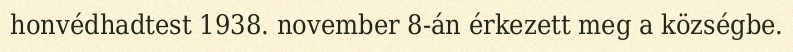
honvédhadtest 1938. november 8-án érkezett meg a községbe.